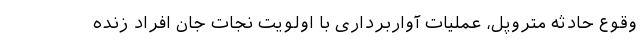
وقوع حادثه متروپل، عملیات آواربرداری با اولویت نجات جان افراد زنده